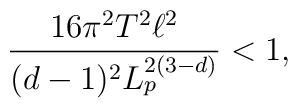
\frac{16 \pi^2 T^2 \ell^2}{(d-1)^2 L_p^{2(3-d)}} < 1,